NAE_kihelkonnakohtute_kirjad_ja_protokollid_1869-1889, lk 2
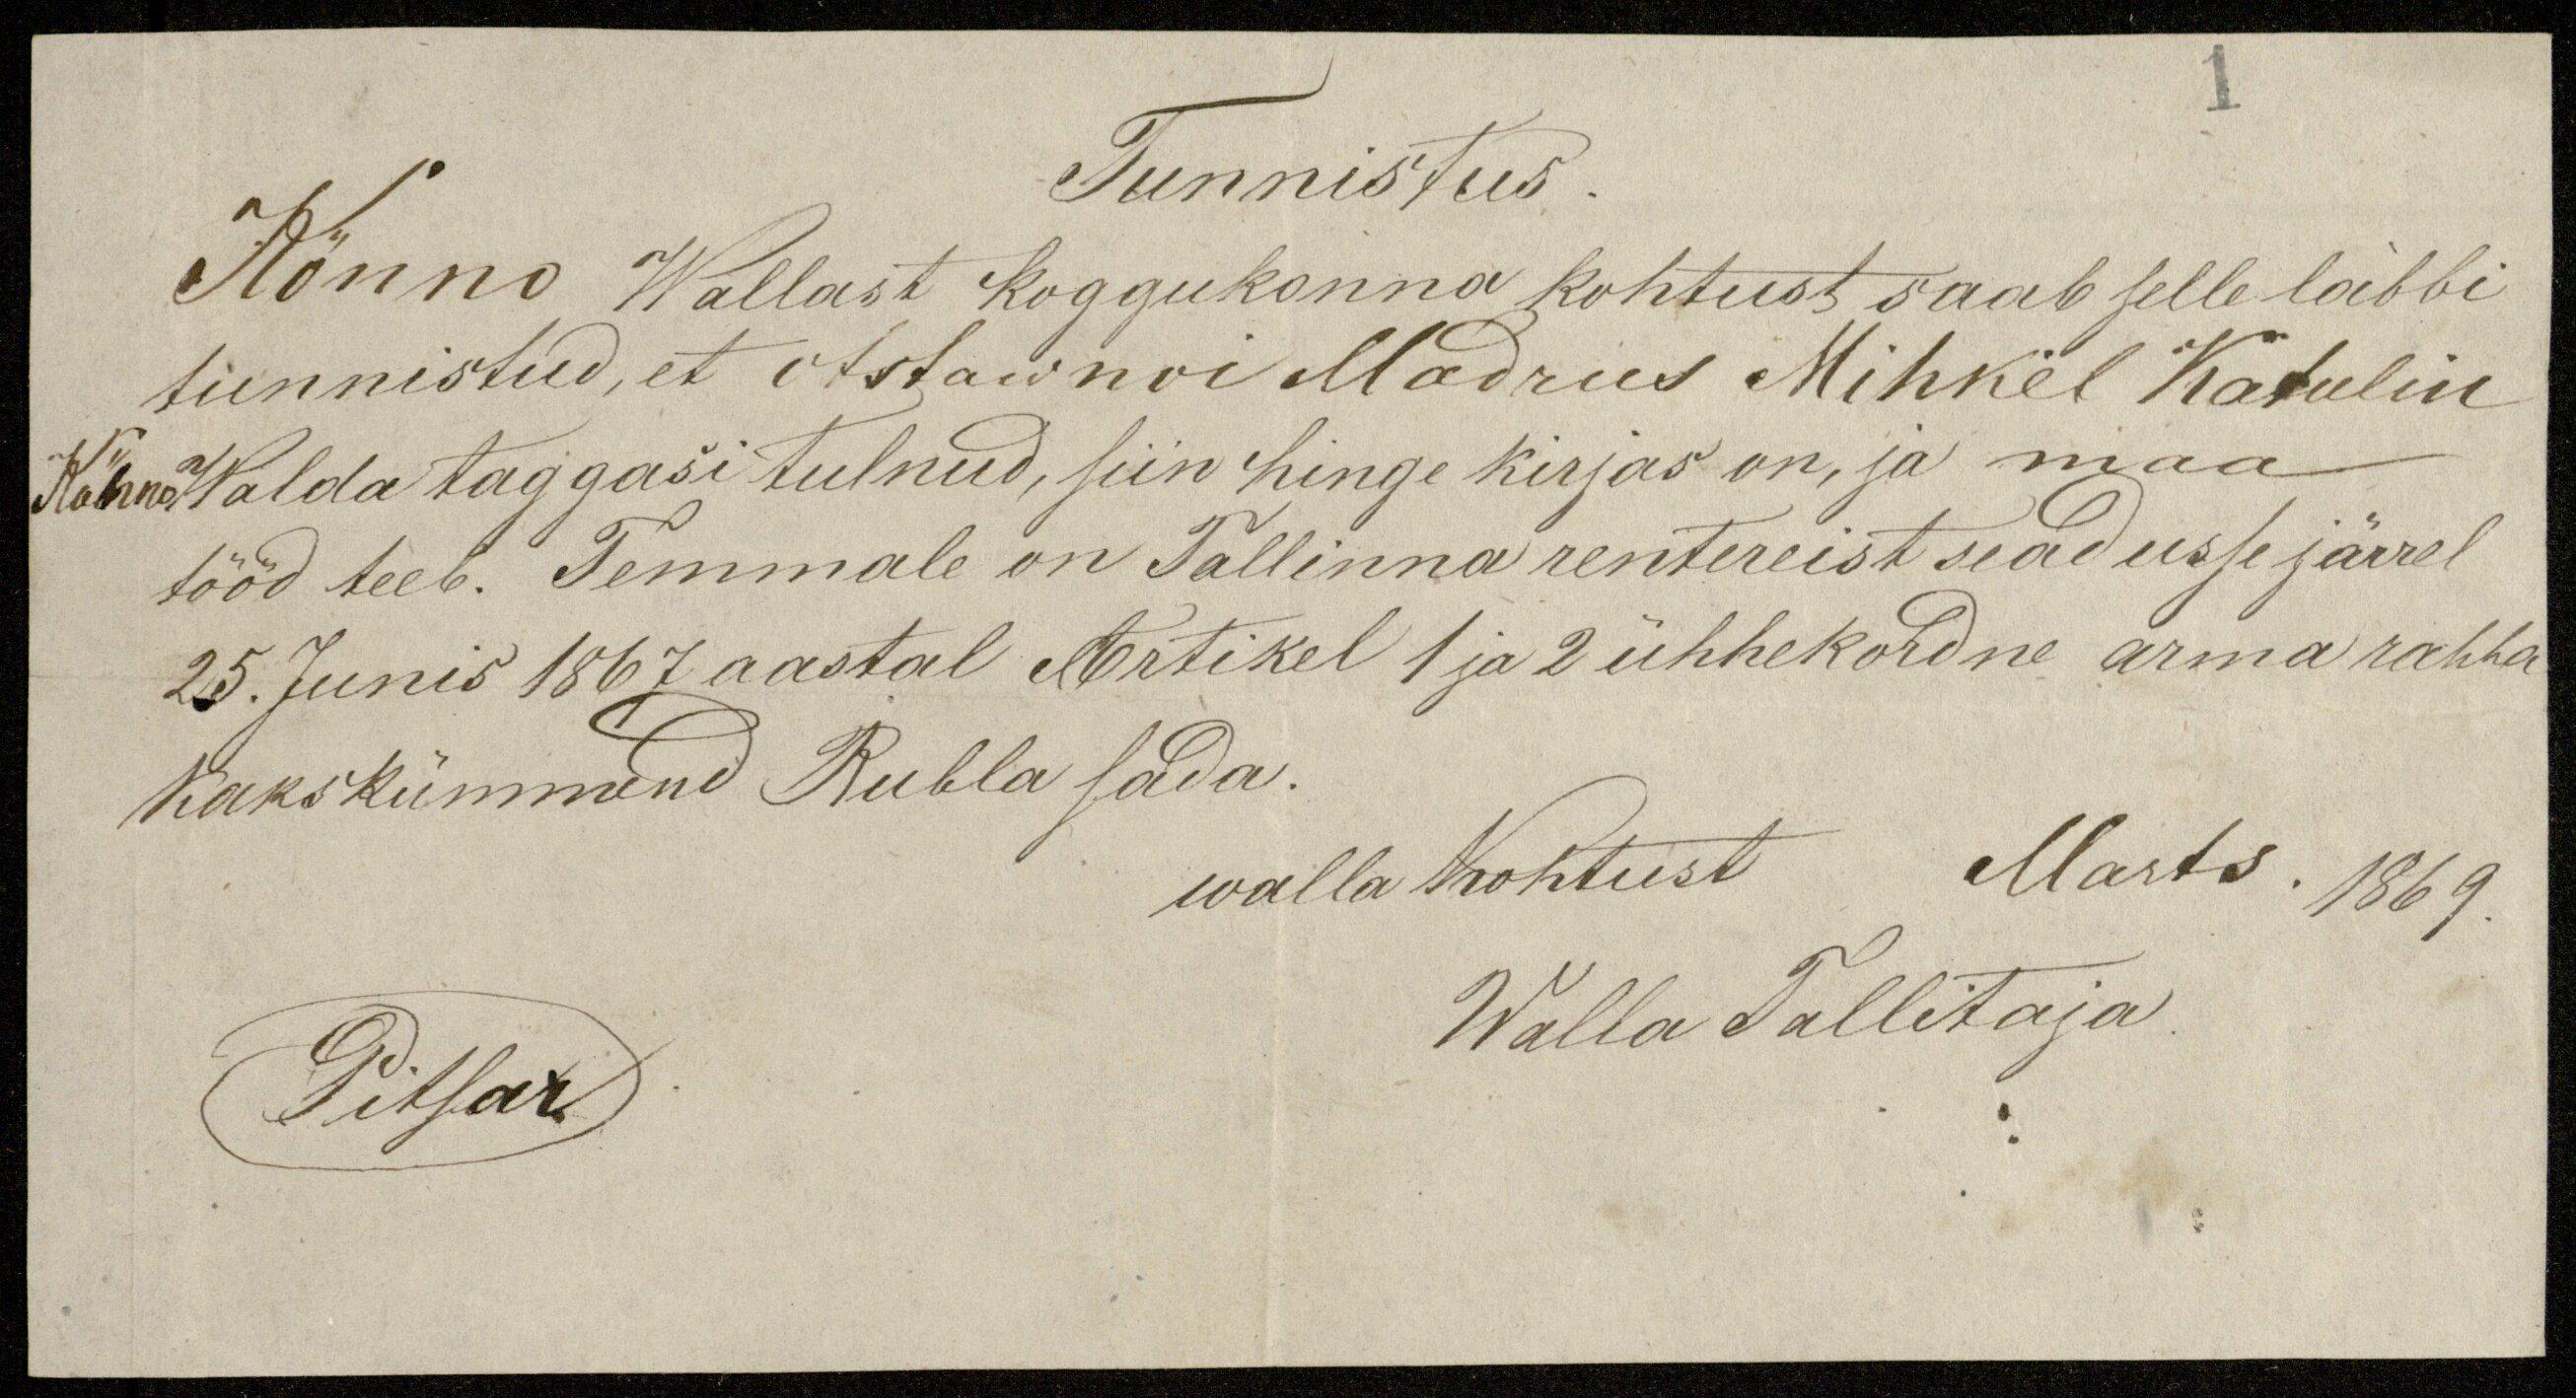
Tunnistus.
Kõnno Wallast Koggukonna kohtust saab selle läbbi
tunnistud, et Astawnoi Madrus Mihkel Katulin
Kõnno walda taggasi tulnud, siin hinge kirjas on, ja maa
tööd teeb. Temmale on Tallinna rentereist seadusse järrel
25. Junis 1867 aastal Artikel 1 ja 2 ühhekohdne arma rahha
Kakskümmend Rubla sada.
Marts. 1869.
walla kohtust
Walla Tallitaja
Pitsar